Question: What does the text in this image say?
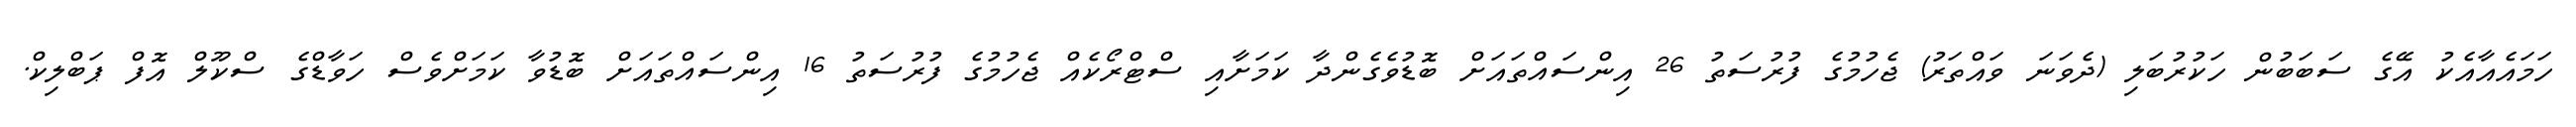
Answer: ހަމައެއާއެކު އޭގެ ސަބަބުން ހަކުރުބަލި (ދެވަނަ ވައްތަރު) ޖެހުމުގެ ފުރުސަތު 26 އިންސައްތައަށް ބޮޑުވެގެންދާ ކަމަށާއި ސްޓްރޯކެއް ޖެހުމުގެ ފުރުސަތު 16 އިންސައްތައަށް ބޮޑުވާ ކަމަށްވެސް ހަވާޑްގެ ސްކޫލް އޮފް ޕަބްލިކް.